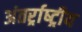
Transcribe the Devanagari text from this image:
अंतर्र्राष्‍ट्रीय